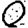
Digit: 0